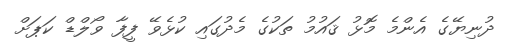
ދުނިޔޭގެ އެންމެ މޮޅު ޤައުމު ތަކުގެ މެދުގައި ކުޅެވޭ ފީފާ ވޯލްޑް ކަޕަށް